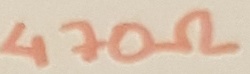
Text: 470Ω